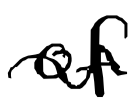
Text: of
Cross-out: wave
Writing tool: digital_black